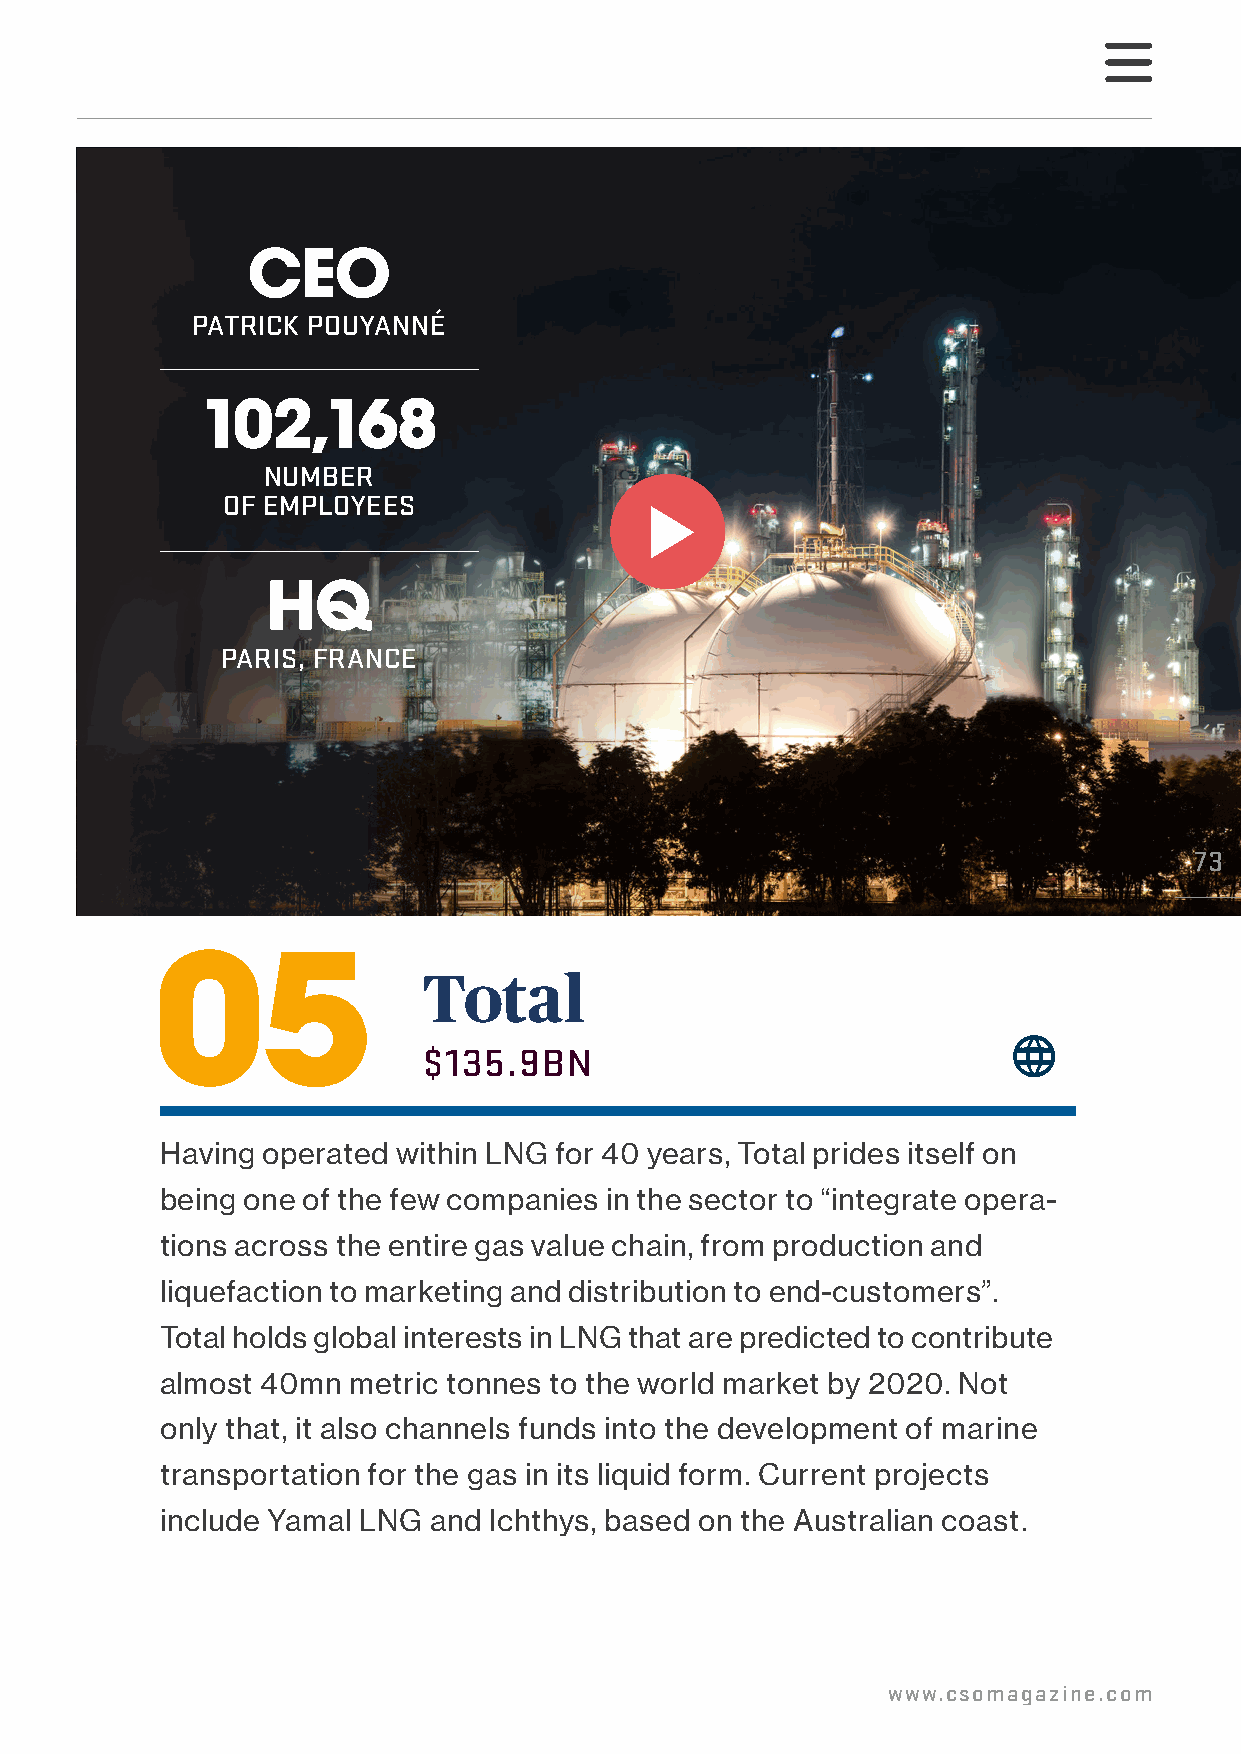
CEO
 PATRICK POUYANNÉ
 102,168
 NUMBER
 OF EMPLOYEES
 HQ
 PARIS, FRANCE
 73
 05
 Total
 $135.9BN
 Having operated within LNG for 40 years, Total prides itself on
 being one of the few companies in the sector to “integrate opera-
 tions across the entire gas value chain, from production and
 liquefaction to marketing and distribution to end-customers”.
 Total holds global interests in LNG that are predicted to contribute
 almost 40mn metric tonnes to the world market by 2020. Not
 only that, it also channels funds into the development of marine
 transportation for the gas in its liquid form. Current projects
 include Yamal LNG and Ichthys, based on the Australian coast.
 www.csomagazine.com